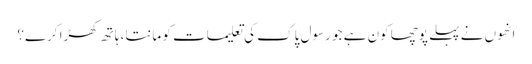
انھوں نے پہلے پوچھا کون ہے جو رسول پاک کی تعلیمات کو مانتا، ہاتھ کھڑا کرے؟